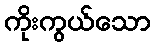
ကိုးကွယ်သော